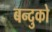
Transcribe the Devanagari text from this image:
बन्दुको